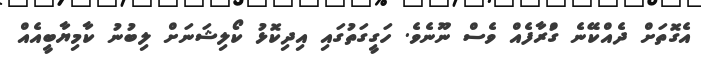
އެގޮތަށް ދެއްކޭނެ ގުްރާފެއް ވެސް ނޫނެވެ. ހަގީގަތުގައި އިދިކޮޅު ކޯލިޝަނަށް ލިބުނު ކާމިޔާބީއެއް